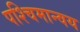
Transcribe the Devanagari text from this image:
पश्चिमान्वय